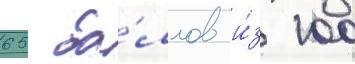
65 ба́ллов и́з 100